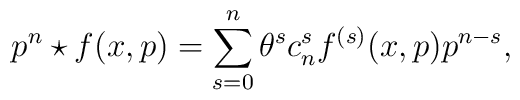
p^{n} \star f(x,p) = \sum _{s=0}^{n} \theta ^{s} c_{n}^{s} f^{(s)}(x,p) p^{n-s},